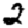
Digit: 2